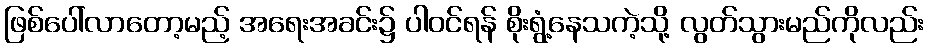
ဖြစ်ပေါ်လာတော့မည့် အရေးအခင်း၌ ပါဝင်ရန် စိုးရွံ့နေသကဲ့သို့ လွတ်သွားမည်ကိုလည်း